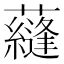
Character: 蘕